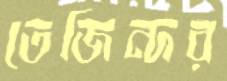
তেজিন্দর